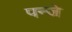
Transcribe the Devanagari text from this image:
पन्जे